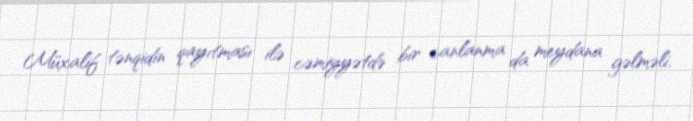
Müxalif tənqidin qayıtması ilə cəmiyyətdə bir canlanma da meydana gəlməli,